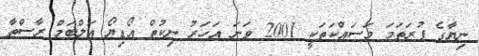
ނިޔާގެ ފުރަތަމަ މަސައްކަތަކީ 2001 ވަނަ އަހަރު ނިކުތް އޯޑިޔޯ އަލްބަމް ރާސްތާ